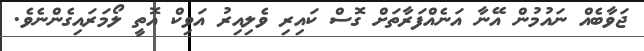
ޖަވާބެއް ނައުމުން އޭނާ އަނެއްފަރާތަށް ގޮސް ކައިރި ވެލިއިރު އަވިކް އޮތީ ލޯމަރައިގެންނެވެ.